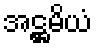
အဋ္ဌမိယံ